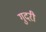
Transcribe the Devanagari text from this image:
गुदरी